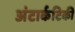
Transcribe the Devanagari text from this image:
अंटार्कटिकी